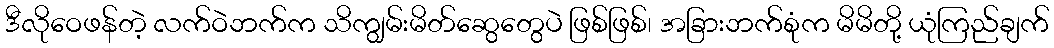
ဒီလိုဝေဖန်တဲ့ လက်ဝဲဘက်က သိကျွမ်းမိတ်ဆွေတွေပဲ ဖြစ်ဖြစ်၊ အခြားဘက်စုံက မိမိတို့ ယုံကြည်ချက်